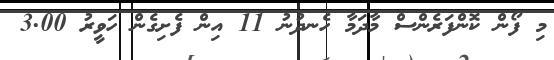
މި ފޯން ކޮންފަރެންސް މާދަމާ ހެނދުނު 11 އިން ފެށިގެން ހަވީރު 3.00